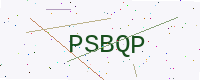
Text: PSBQP